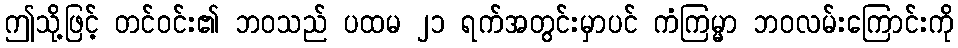
ဤသို့ဖြင့် တင်ဝင်း၏ ဘဝသည် ပထမ ၂၁ ရက်အတွင်းမှာပင် ကံကြမ္မာ ဘဝလမ်းကြောင်းကို